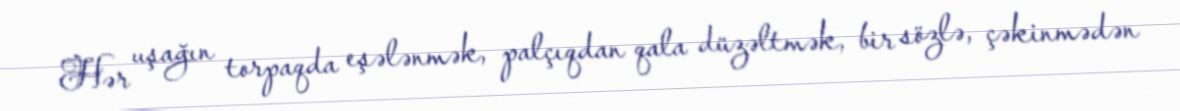
Hər uşağın torpaqda eşələnmək, palçıqdan qala düzəltmək, bir sözlə, çəkinmədən